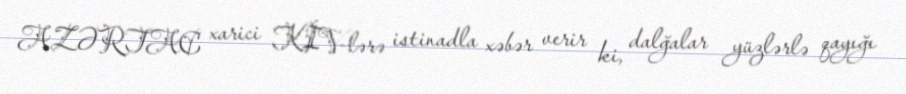
AZƏRTAC xarici KİV-lərə istinadla xəbər verir ki, dalğalar yüzlərlə qayığı